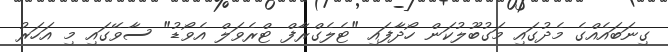
ގިނަބައެއްގެ މެދުގައި މަގުބޫލުކަން ހޯދާފައި "ޓެލެގްރާފް ޓްރެވަލް އެވޯޑު" ސާވޭގައި މި އަހަރު